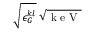
\sqrt { \epsilon _ { G } ^ { k l } } \; \sqrt { \mathrm { ~ k ~ e ~ V ~ } }